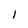
Character: l